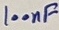
Text: 100nF